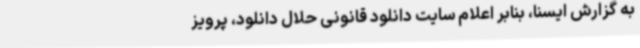
به گزارش ایسنا، بنابر اعلام سایت دانلود قانونی حلال دانلود، پرویز